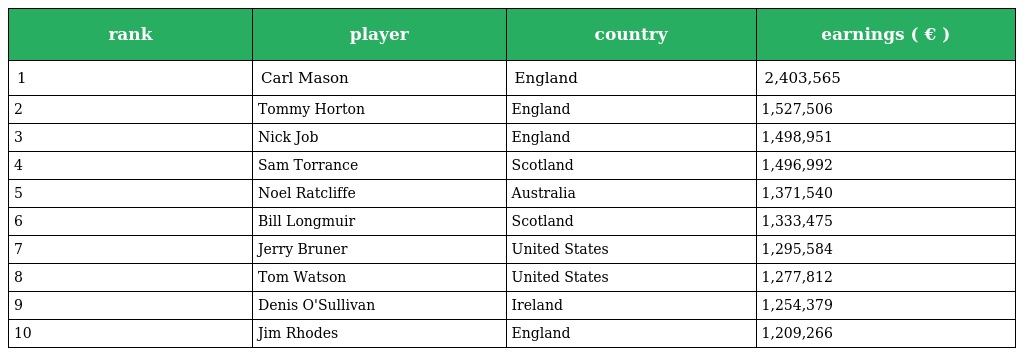
| rank | player | country | earnings ( € ) |
 | --- | --- | --- | --- |
 | 1 | Carl Mason | England | 2,403,565 |
 | 2 | Tommy Horton | England | 1,527,506 |
 | 3 | Nick Job | England | 1,498,951 |
 | 4 | Sam Torrance | Scotland | 1,496,992 |
 | 5 | Noel Ratcliffe | Australia | 1,371,540 |
 | 6 | Bill Longmuir | Scotland | 1,333,475 |
 | 7 | Jerry Bruner | United States | 1,295,584 |
 | 8 | Tom Watson | United States | 1,277,812 |
 | 9 | Denis O'Sullivan | Ireland | 1,254,379 |
 | 10 | Jim Rhodes | England | 1,209,266 |